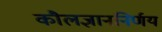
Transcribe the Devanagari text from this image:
कौलज्ञाननिर्णय